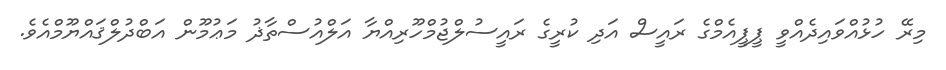
މިރޭ ހުޅުއްވައިދެއްވީ ޕީޕީއެމްގެ ރައީސް އަދި ކުރީގެ ރައީސުލްޖުމްހޫރިއްޔާ އަލްއުސްތާޛު މަޢުމޫން އަބްދުލްޤައްޔޫމްއެވެ.